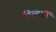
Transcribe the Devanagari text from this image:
रिव्हर्सी